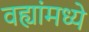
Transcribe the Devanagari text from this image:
वह्यांमध्ये